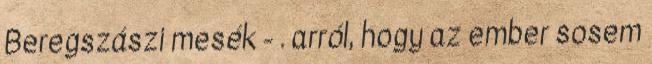
Beregszászi mesék - . arról, hogy az ember sosem